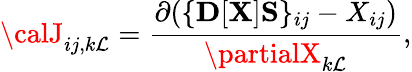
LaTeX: {\displaystyle{\calJ}_{ij,k\mathcal{L}}=\frac{{\partial(\{ {\mathbf{D}}[{\mathbf{X}}]{\mathbf{S}}\} _{ij}-X_{ij})}}{{\partialX_{k\mathcal{L}}}},}